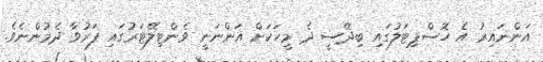
އަންނައިރު އެ ހޮސްޕިޓަލުގައި ބިދޭސީ ދެ މީހަކަށް އަންނަނީ ވެންޓިލޭޓަރުގައި ފަރުވާ ދެމުންނެވެ.